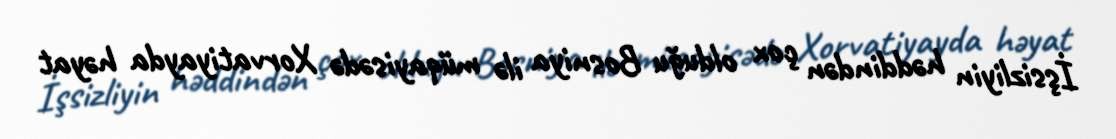
İşsizliyin həddindən çox olduğu Bosniya ilə müqayisədə Xorvatiyayda həyat